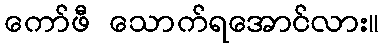
ကော်ဖီ သောက်ရအောင်လား။